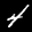
Label: 4